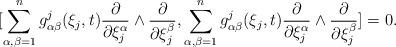
LaTeX: \begin{align*}[\sum_{\alpha,\beta=1}^n g_{\alpha\beta}^j(\xi_j,t) \frac{\partial}{\partial \xi_j^{\alpha}}\wedge\frac{\partial}{\partial \xi_j^{\beta}},\sum_{\alpha,\beta=1}^n g_{\alpha\beta}^j(\xi_j,t) \frac{\partial}{\partial \xi_j^{\alpha}}\wedge\frac{\partial}{\partial \xi_j^{\beta}}]=0.\end{align*}